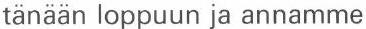
tänään loppuun ja annamme